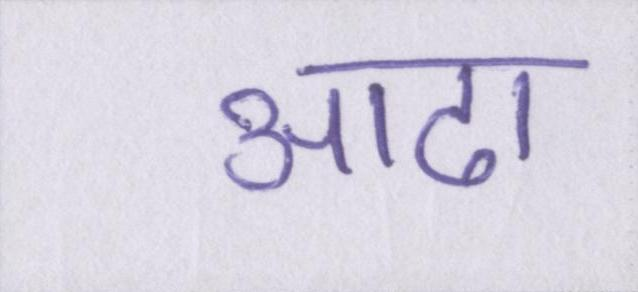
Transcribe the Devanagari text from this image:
आढा